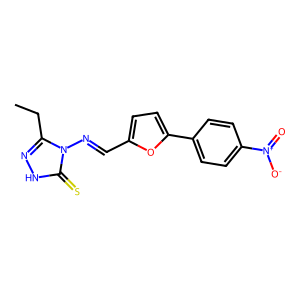
SMILES: CCc1n[nH]c(=S)n1N=Cc1ccc(-c2ccc([N+](=O)[O-])cc2)o1
Inhibits HIV replication: No